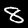
Label: 8